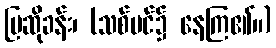
ပြဆိုခန်း၊ (သစ်ပင်၌ နေကြ၏။)